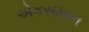
એકસમાન